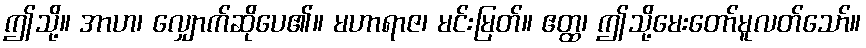
ဤသို့။ အာဟ၊ လျှောက်ဆိုပေ၏။ မဟာရာဇ၊ မင်းမြတ်။ ဧတ္ထ၊ ဤသို့မေးတော်မူလတ်သော်။